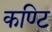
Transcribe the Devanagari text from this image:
कण्टि